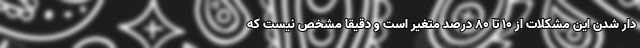
دار شدن این مشکلات از ۱۰ تا ۸۰ درصد متغیر است و دقیقا مشخص نیست که